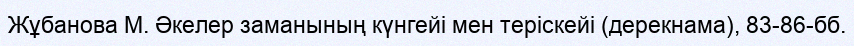
Жұбанова М. Әкелер заманының күнгейі мен теріскейі (дерекнама), 83-86-бб.